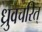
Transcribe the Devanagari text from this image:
ध्रुवचरित्